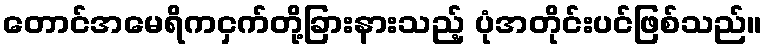
တောင်အမေရိကငှက်တို့ခြားနားသည့် ပုံအတိုင်းပင်ဖြစ်သည်။